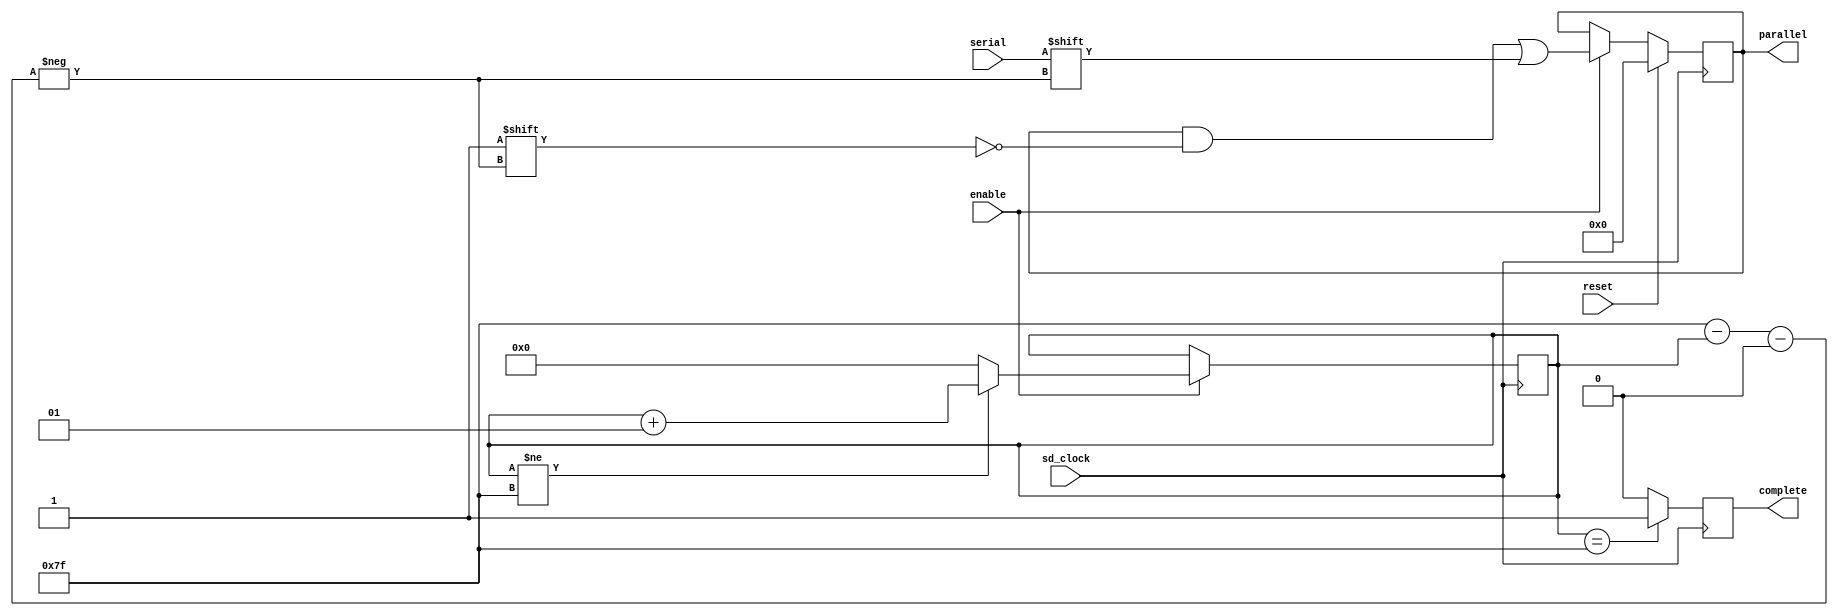
module wrapper_serial_paralelo (parallel, serial, sd_clock, enable, reset, complete);
	

	input enable;
	input serial;
	input reset;
	input sd_clock;
	//input [7:0]framesize

	output [n-1:0] parallel;
	output         complete;

	wire enable;
	wire serial;
	wire reset;
	wire sd_clock;
	//wire [7:0]framesize

	reg [n-1:0] parallel;
	reg         complete;

	integer count = 0;
	parameter n = 128;	
	
	always @ (posedge sd_clock)
		begin
			if (reset) begin
				parallel [n-1:0] <= 0;
			end else begin
				if (enable) begin
					parallel [n-1-count] <= serial;
				end else begin
					 parallel <= parallel;
				end
			end
		end
	
	always @ (posedge sd_clock)
		begin
			if(enable) begin
				if(count != n-1) begin
					count = (count + 1);
				end else begin
					count = 0;
				end 
			end	
		end
	
	always @ (posedge sd_clock)
		begin
			if (count == n-1) begin
				complete = 1'b1;
			end else begin
				complete = 1'b0;
			end
		end	

endmodule